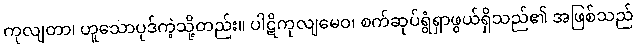
ကုလျတာ၊ ဟူသောပုဒ်ကဲ့သို့တည်း။ ပါဋိကုလျမေဝ၊ စက်ဆုပ်ရွံရှာဖွယ်ရှိသည်၏ အဖြစ်သည်